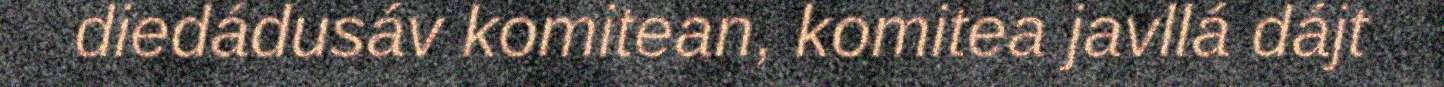
diedádusáv komitean, komitea javllá dájt